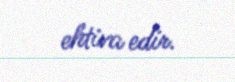
ehtiva edir.